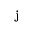
\mathbf { j }